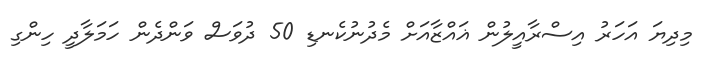
މިދިޔަ އަހަރު އިސްރާއީލުން ޣައްޒާއަށް މެދުނުކެނޑި 50 ދުވަސް ވަންދެން ހަމަލާދީ ހިންގި